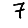
Digit: 7